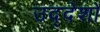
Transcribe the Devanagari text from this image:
उद्देशो